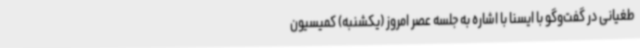
طغیانی در گفت‌وگو با ایسنا با اشاره به جلسه عصر امروز (یکشنبه) کمیسیون